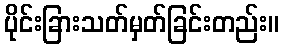
ပိုင်းခြားသတ်မှတ်ခြင်းတည်း။